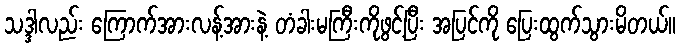
သဒ္ဒါလည်း ကြောက်အားလန့်အားနဲ့ တံခါးမကြီးကိုဖွင့်ပြီး အပြင်ကို ပြေးထွက်သွားမိတယ်။